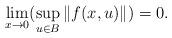
LaTeX: \begin{align*}\lim_{ x \rightarrow 0} (\sup_{u \in B} \Vert f(x,u) \Vert ) = 0.\end{align*}